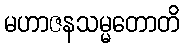
မဟာဇနသမ္မတောတိ